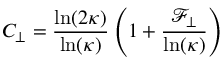
C _ { \perp } = \frac { \ln ( 2 \kappa ) } { \ln ( \kappa ) } \left( 1 + \frac { \mathcal { F } _ { \perp } } { \ln ( \kappa ) } \right)